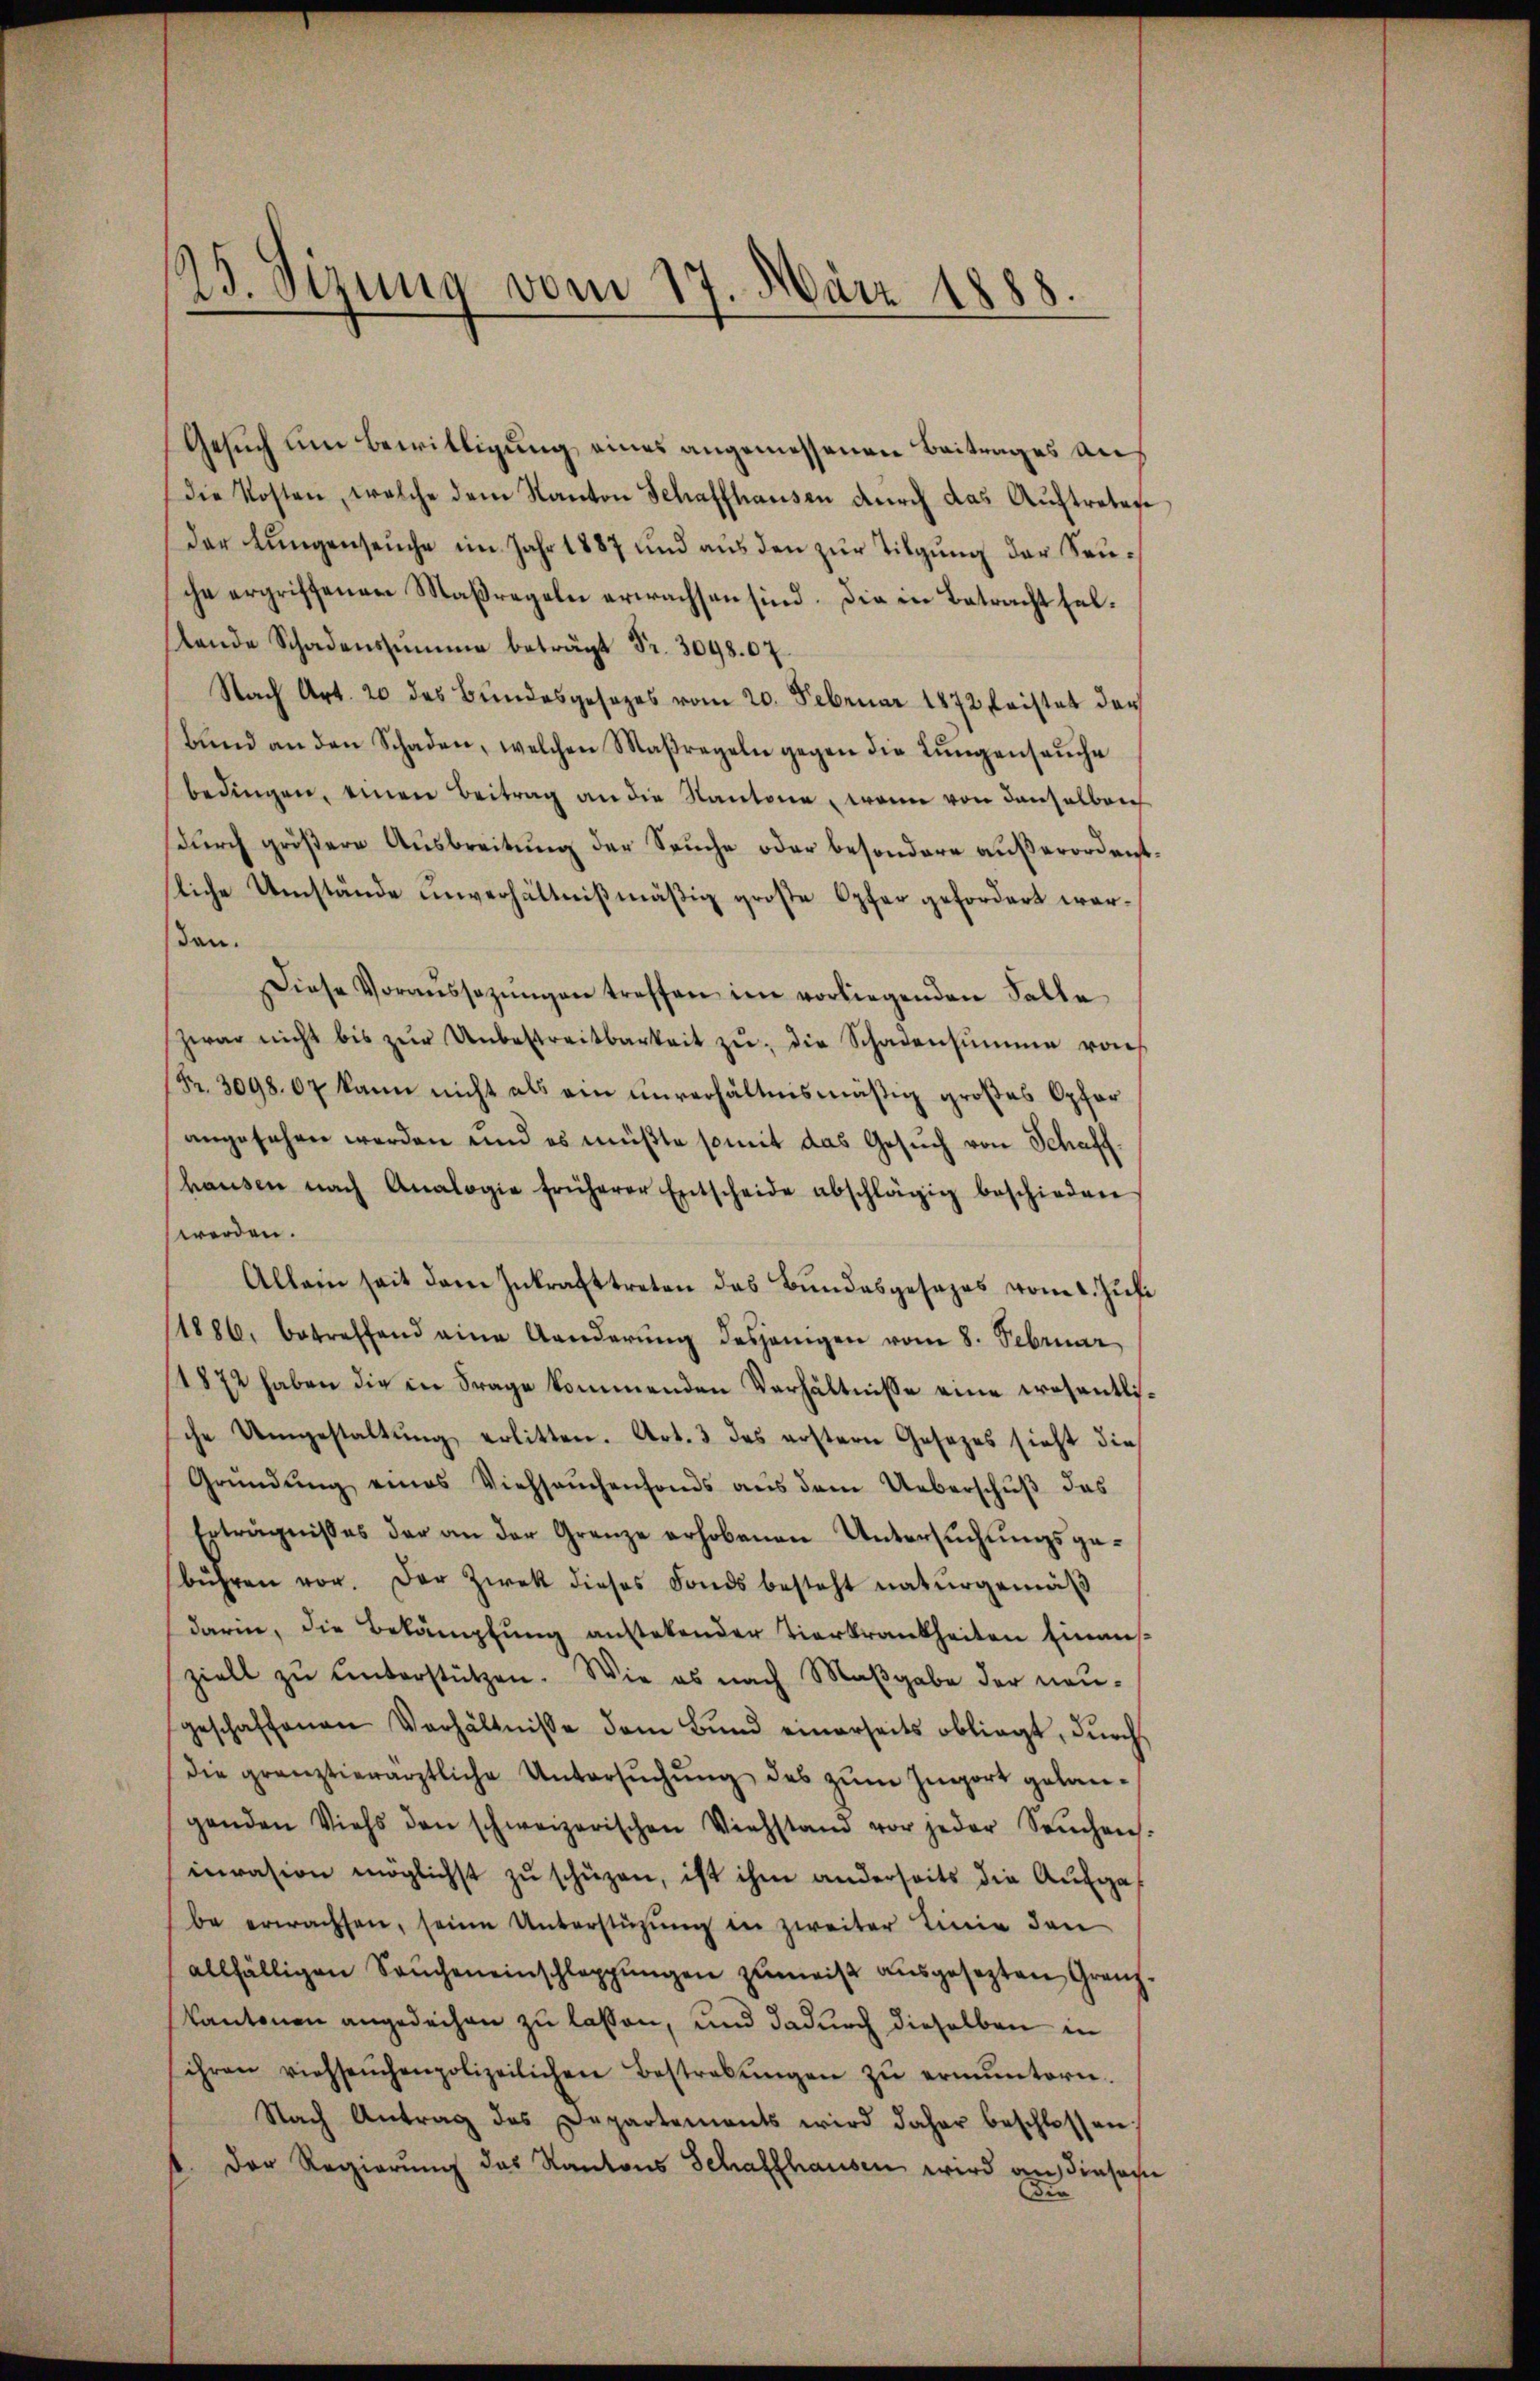
15. Sizung vom 17. März 1888.

Gesuch um Bewilligung eines angemessenen Beitrages an
die Kosten, welche dem Kanton Schaffhausen durch das Auftretes
der Lungenseuche im Jahr 1887 und aus den zur Tilgung der Seusche ergriffenen Maßregeln erwachsen sind. Die in Betracht sellende Schadenssumme beträgt Fr. 3048. 67.
Nach Art. 20 des Bundesgesezes vom 20. Februar 1872 fristet der
Band an den Schaden, welchen Maßregeln gegen die Lungenseuche
bedingen, einen Beitrag an die Kantone, wenn von denselben
dŭrch größere Ausbreitung der Seuche oder besondere außerordent.
liche Umstände unverhältnißmäßig große Opfer gefordert werden.
Diese Voraŭssezŭngen treffen im vorliegenden Falle
zwar nicht bis zŭr Unbestreitbarkeit zŭ die Schadensumme von
(Fr. 3098. 67 kann nicht als ein unverhältnismäßig großes Opfer
angesehen werden und es müßte somit das Gesŭch von Schaff-
haŭsen nach Analogie früherer Entscheide abschlägig beschieden
werden.
Allein seit dem Inkrafttreten das Bŭndesgesages vom 1. Jŭli
1886, betreffend eine Aenderŭng desjenigen vom 8. Februar
1872 haben die in Frage kommenden Verhältnisse eine wesentlische Umgestaltŭng erlitten. Art. 3 des erstern Gesezes sieht die
Gründŭng eines Viehsaŭchenfonds aus dem Ueberschŭβ das
Erträgnißes der an der Grenze erhobenen Untersuchungsgebühren vor. Der Zwek dieses Fonds besteht naturgemäß
darin, die Bekämpfung anstetender Tierkrankheiten Einausziell zŭ ŭnterstützen. Wie es nach Maβgabe der neŭ-
geschaffenen Verhältnisse dem Bŭnd einerseits obliegt, dŭrch
die gränztierärztliche Untersŭchŭng des zŭm Ingort gelan-
genden Viehs den schweizerischen Viehstand vor jeder Seuchen.
inrasion möglichst zŭ schüzen, ist ihm anderseits die Aufga
be erwachsen, seine Unterstüzung in zweiter Linie den
allfälligen Seucheneinschleppungen zumeis ausgesezten Grenz
Kantonen angedeihen zu lassen, und dadurch dieselben in
ihren viehseuchenpolizeilichen Bestrabŭngen zŭ ermŭntern.
Nach Antrag des Departements wird daher beschlossen:
Der Regierung des Kantons Schaffhausen wird an diesen